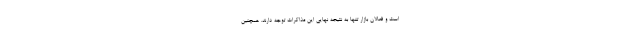
است و فعالان بازار تنها به نتیجه نهایی این مذاکرات توجه دارند. همچنین